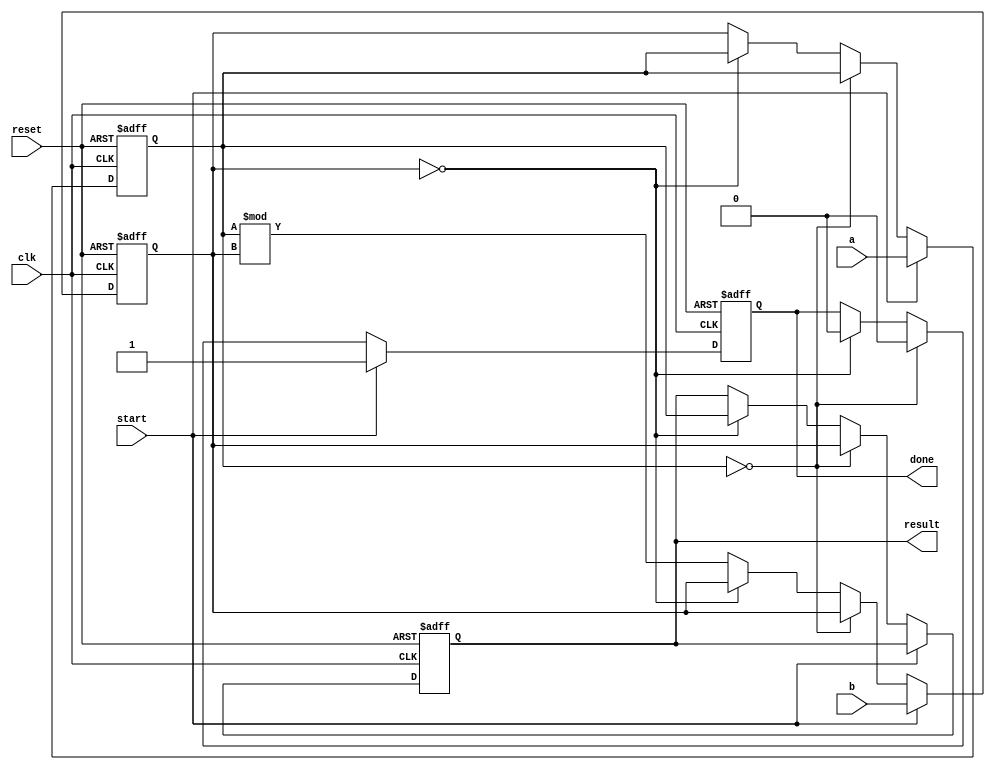
module gcd(
   input  [7:0] a,
   input  [7:0] b,
   input        start,
   output reg [7:0] result,
   input clk,
   input reset,
   output reg done
);

reg [7:0] a_;
reg [7:0] b_;

always @(posedge clk or negedge reset) begin
   if (~reset) begin
      a_ <= 8'b0;
      b_ <= 8'b0;
      result <= 1'b0;
      done <= 1'b0;
   end
   else begin
      if (start==1'b1) begin
         a_ <= a;
         b_ <= b;
         done <= 1'b1;
      end
      else if (a_== 8'b0) begin
         result <= b_;
         done <= 1'b0;
      end
      else if (b_ == 8'b0) begin
         result <= a_;
         done <= 1'b0;
      end
      else begin
         a_ <= b_;
         b_ <= a_ % b_;
      end
   end
end


endmodule